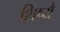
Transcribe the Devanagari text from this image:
शिष्यै